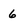
Character: 6